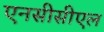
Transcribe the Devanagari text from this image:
एनसीसीएल